Indian journal of veterinary science and animal husbandry - Volume 8,
Year: 1938
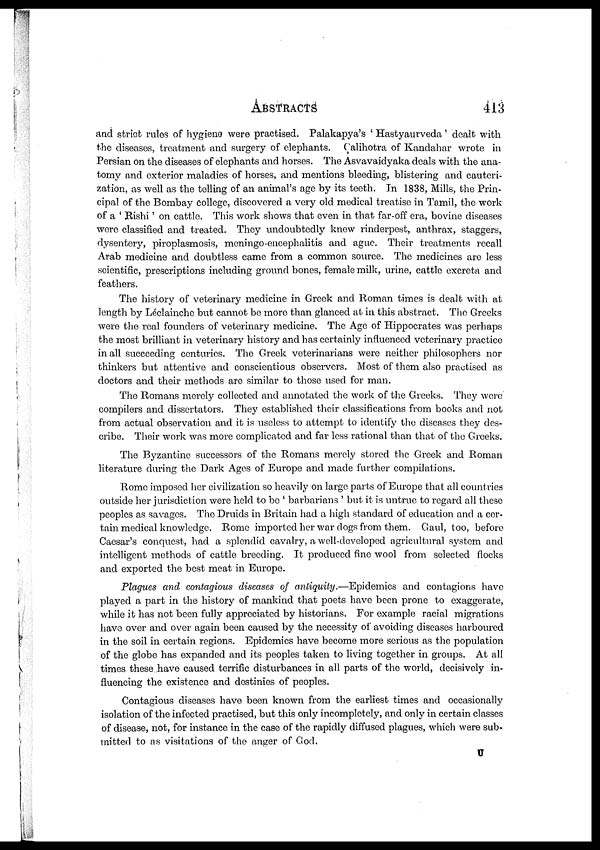
ABSTRACTS
413
and strict rules of hygiene were practised. Palakapya's ' Hastyaurveda ' dealt with
the diseases, treatment and surgery of elephants. Calihotra of Kandahar wrote in
Persian on the diseases of elephants and horses. The Asvavaidyaka deals with the ana-
tomy and exterior maladies of horses, and mentions bleeding, blistering and cauteri-
zation, as well as the telling of an animal's age by its teeth. In 1838, Mills, the Prin-
cipal of the Bombay college, discovered a very old medical treatise in Tamil, the work
of a ' Rishi' on cattle. This work shows that even in that far-off era, bovine diseases
were classified and treated. They undoubtedly knew rinderpest, anthrax, staggers,
dysentery, piroplasmosis, meningo-encephalitis and ague. Their treatments recall
Arab medicine and doubtless came from a common source. The medicines are less
scientific, prescriptions including ground bones, female milk, urine, cattle excreta and
feathers.
The history of veterinary medicine in Greek and Roman times is dealt with at
length by Léclainche but cannot be more than glanced at in this abstract. The Greeks
were the real founders of veterinary medicine. The Age of Hippocrates was perhaps
the most brilliant in veterinary history and has certainly influenced veterinary practice
in all succeeding centuries. The Greek veterinarians were neither philosophers nor
thinkers but attentive and conscientious observers. Most of them also practised as
doctors and their methods are similar to those used for man.
The Romans merely collected and annotated the work of the Greeks. They were
compilers and dissertators. They established their classifications from books and not
from actual observation and it is useless to attempt to identify the diseases they des-
cribe. Their work was more complicated and far less rational than that of the Greeks.
The Byzantine successors of the Romans merely stored the Greek and Roman
literature during the Dark Ages of Europe and made further compilations.
Rome imposed her civilization so heavily on large parts of Europe that all countries
outside her jurisdiction were held to be ' barbarians ' but it is untrue to regard all these
peoples as savages. The Druids in Britain had a high standard of education and a cer-
tain medical knowledge. Rome imported her war dogs from them. Gaul, too, before
Caesar's conquest, had a splendid cavalry, a well-developed agricultural system and
intelligent methods of cattle breeding. It produced fine wool from selected flocks
and exported the best meat in Europe.
Plagues and contagious diseases of antiquity.—Epidemics and contagions have
played a part in the history of mankind that poets have been prone to exaggerate,
while it has not been fully appreciated by historians. For example racial migrations
have over and over again been caused by the necessity of avoiding diseases harboured
in the soil in certain regions. Epidemics have become more serious as the population
of the globe has expanded and its peoples taken to living together in groups. At all
times these have caused terrific disturbances in all parts of the world, decisively in-
fluencing the existence and destinies of peoples.
Contagious diseases have been known from the earliest times and occasionally
isolation of the infected practised, but this only incompletely, and only in certain classes
of disease, not, for instance in the case of the rapidly diffused plagues, which were sub-
mitted to as visitations of the anger of God.
U